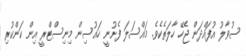
ސުވާލު އުފައްދަން ޖެހޭ ހާލަތެކެވެ. މައްސަލަ ފެށުނީ ހައުސިން މިނިސްޓްރީ އިން ކަންކުރި